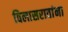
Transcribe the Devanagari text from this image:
विलासरावांना